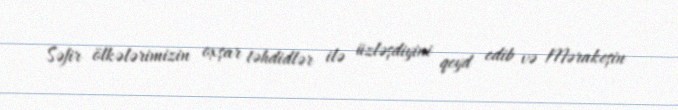
Səfir ölkələrimizin oxşar təhdidlər ilə üzləşdiyini qeyd edib və Mərakeşin